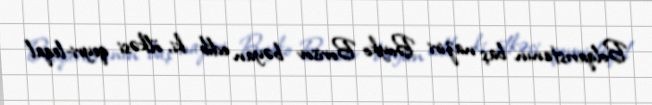
Bolqarıstanın baş naziri Boyko Borisov bəyan edib ki, ölkəsi qeyri-leqal